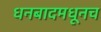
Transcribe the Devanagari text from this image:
धनबादमधूनच